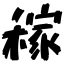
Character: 稼